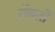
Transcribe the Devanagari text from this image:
रॉबर्तो